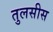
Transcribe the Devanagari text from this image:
तुलसीस